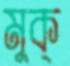
মুক্